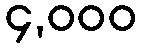
၄,၀၀၀